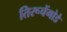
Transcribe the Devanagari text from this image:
तिरूचेंगोडे